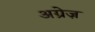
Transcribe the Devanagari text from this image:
अग्रेज़